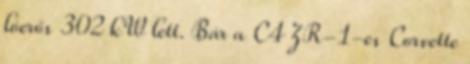
lóerős 302 kW lett. Bár a C4 ZR-1-es Corvette